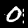
Digit: 0